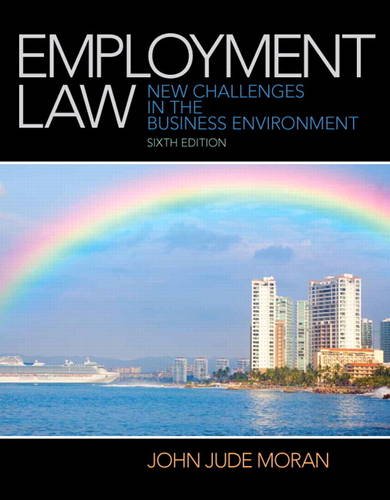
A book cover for Employment Law (6th Edition); John J. Moran; Law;